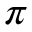
\pi